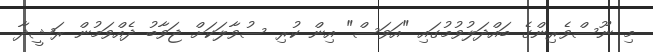
މި ނޫސްވެރިންގެ ބައްދަލުވުމުގައި "އަވަސް" އިން ކުރި ސުވާލަކަށް ޖަވާބު ދެއްވަމުން ރަޝީދާ